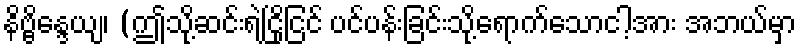
နိဗ္ဗိန္ဒေယျ၊ (ဤသို့ဆင်းရဲငြိုငြင် ပင်ပန်းခြင်းသို့ရောက်သောငါ့အား အဘယ်မှာ